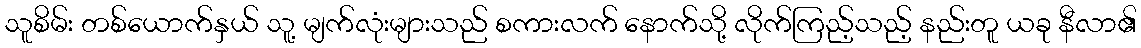
သူစိမ်း တစ်ယောက်နှယ် သူ့ မျက်လုံးများသည် စကားလက် နောက်သို့ လိုက်ကြည့်သည့် နည်းတူ ယခု နီလာ၏